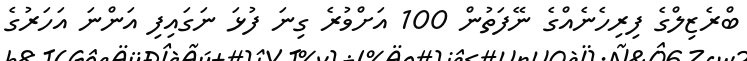
ބްރެޒިލްގެ ފިރިހެނެއްގެ ނޭފަތުން 100 އަށްވުރެ ގިނަ ފުޅަ ނަގައިފި އަންނަ އަހަރުގެ